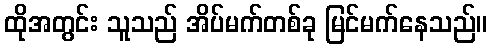
ထိုအတွင်း သူသည် အိပ်မက်တစ်ခု မြင်မက်နေသည်။